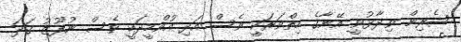
ޝެރިން ވިދާޅުވީ އޭނާގެ ހިތްވަރަކީ ވެސް އަދި އުއްމީދަކީ ވެސް ނުފޫޒު ގަދަ